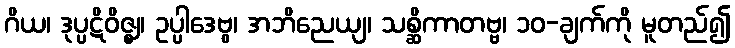
ဂိယ၊ ဒုပ္ပဋိဝိဇ္ဈ၊ ဥပ္ပါဒေဗွ၊ အဘိညေယျ၊ သစ္ဆိကာတဗ္ဗ၊ ၁၀-ချက်ကို မူတည်၍